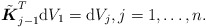
\begin{align*} \tilde{\boldsymbol{K}}_{j-1}^T\mathrm{d} V_1= \mathrm{d} V_{j},j=1,\ldots, n .\end{align*}